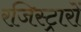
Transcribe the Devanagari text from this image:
रजिस्ट्रारों